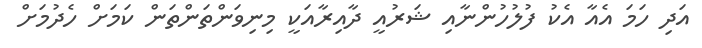
އަދި ހަމަ އެއާ އެކު ފުލުހުންނާއި ޝަރުއީ ދާއިރާއަކީ މިނިވަންތަންތަން ކަމަށް ހެދުމަށް